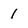
Character: 1